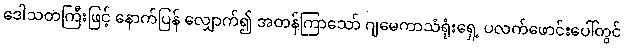
ဒေါသတကြီးဖြင့် နောက်ပြန် လျှောက်၍ အတန်ကြာသော် ဂျမေကာသံရုံးရှေ့ ပလက်ဖောင်းပေါ်တွင်